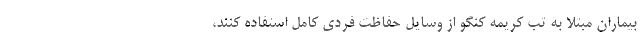
بیماران مبتلا به تب کریمه کنگو از وسایل حفاظت فردی کامل استفاده کنند،